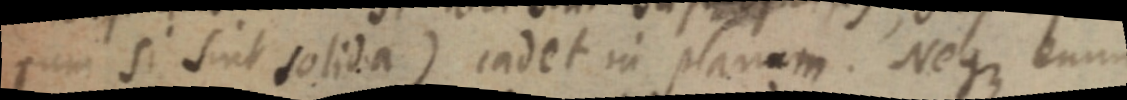
rum si sint solida) cadet in planum. Neque enum